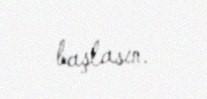
başlasın.